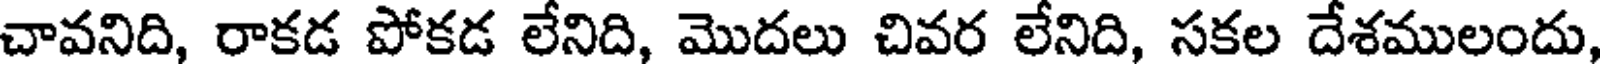
చావనిది, రాకడ పోకడ లేనిది, మొదలు చివర లేనిది, సకల దేశములందు,